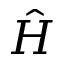
\hat { H }